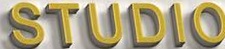
STUDIO